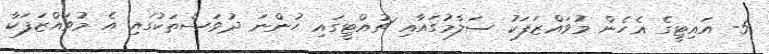
5- އައިޓީގެ އެހެން މުވައްޒަފަކު ސަލާމުގައާއި ޗުއްޓީގައި ހުންނަ ދުވަސްތަކުގައި އެ މުވައްޒަފަކާ